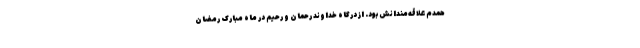
همدم علاقه‌مندانش بود. از درگاه خداوند رحمان و رحیم در ماه مبارک رمضان